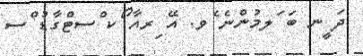
ދަ ީނ ބަ ަލމުންނެ ެވ. އޭ ިރއާ ޯކ ްސޓްގާޑު ްސ